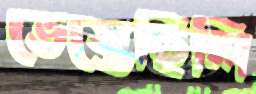
ভেস্তেছিলি